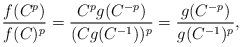
LaTeX: \begin{align*}{f(C^p)\over f(C)^p}={C^pg(C^{-p})\over(Cg(C^{-1}))^p}={g(C^{-p})\over g(C^{-1})^p},\end{align*}